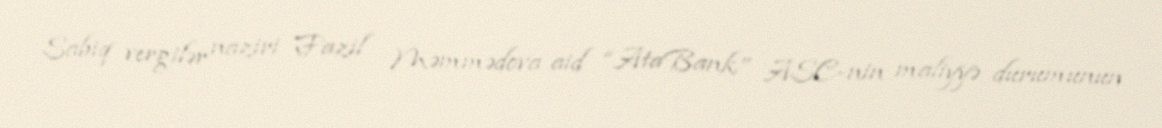
Sabiq vergilər naziri Fazil Məmmədova aid “AtaBank” ASC-nin maliyyə durumunun